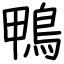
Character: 鴨